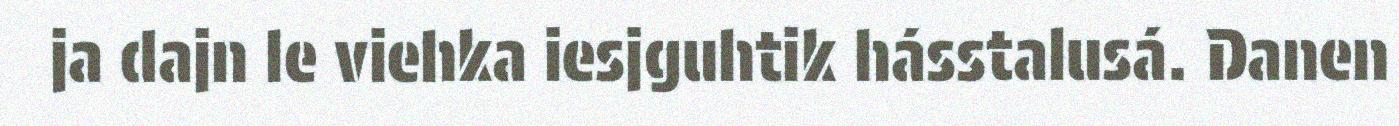
ja dajn le viehka iesjguhtik hásstalusá. Danen